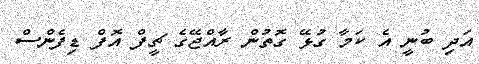
އަދި ބުނީ އެ ކަމާ ގުޅޭ ގޮތުން ރާއްޖޭގެ ޗީފް އޮފް ޑިފެންސް